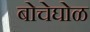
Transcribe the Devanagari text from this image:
बोचेघोळ